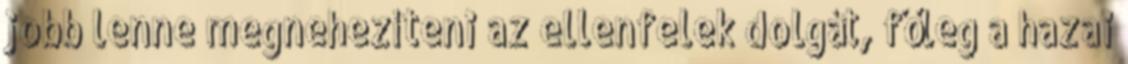
jobb lenne megnehezíteni az ellenfelek dolgát, főleg a hazai